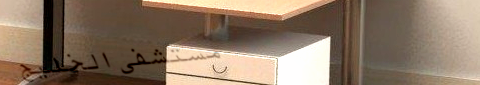
مستشفى الخليج